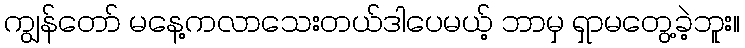
ကျွန်တော် မနေ့ကလာသေးတယ်ဒါပေမယ့် ဘာမှ ရှာမတွေ့ခဲ့ဘူး။